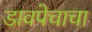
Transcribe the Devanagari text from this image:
डावपेचाचा